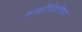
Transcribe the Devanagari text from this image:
नार्कोविश्लेषण